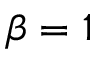
\beta = 1